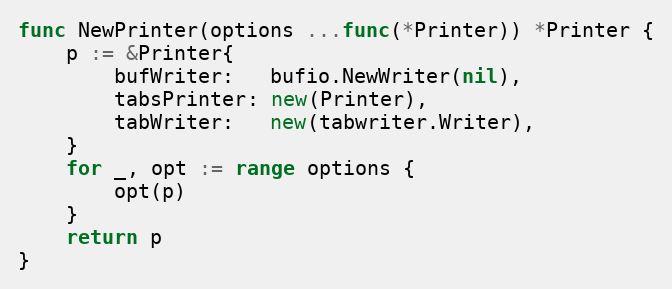
Language: Go
func NewPrinter(options ...func(*Printer)) *Printer {
	p := &Printer{
		bufWriter:   bufio.NewWriter(nil),
		tabsPrinter: new(Printer),
		tabWriter:   new(tabwriter.Writer),
	}
	for _, opt := range options {
		opt(p)
	}
	return p
}